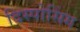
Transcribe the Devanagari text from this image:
दिस्पोसिंग